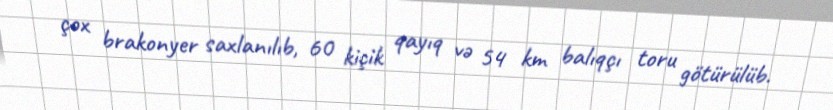
çox brakonyer saxlanılıb, 60 kiçik qayıq və 54 km balıqçı toru götürülüb.